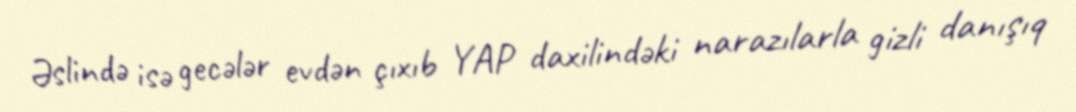
Əslində isə gecələr evdən çıxıb YAP daxilindəki narazılarla gizli danışıq